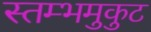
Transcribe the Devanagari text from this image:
स्तम्भमुकुट